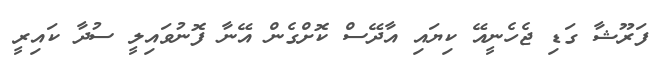
ފަރޫޝާ ގަޑި ޖެހެނީއޭ ކިޔައި އާދޭސް ކޮށްގެން އޭނާ ފޮނުވައިލީ ސުދާ ކައިރީ